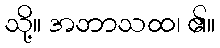
သို့။ အဘာသထ၊ ၏။